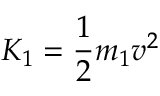
K _ { 1 } = { \frac { 1 } { 2 } } m _ { 1 } v ^ { 2 }